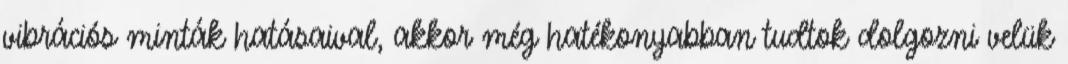
vibrációs minták hatásaival, akkor még hatékonyabban tudtok dolgozni velük